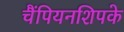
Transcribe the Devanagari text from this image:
चैंपियनशिपके